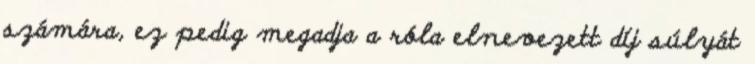
számára, ez pedig megadja a róla elnevezett díj súlyát